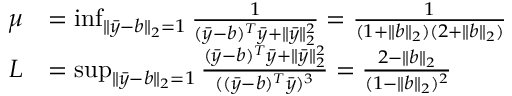
\begin{array} { r l } { \mu } & { = \operatorname* { i n f } _ { \| \bar { y } - b \| _ { 2 } = 1 } \frac { 1 } { ( \bar { y } - b ) ^ { T } \bar { y } + \| \bar { y } \| _ { 2 } ^ { 2 } } = \frac { 1 } { ( 1 + \| b \| _ { 2 } ) ( 2 + \| b \| _ { 2 } ) } } \\ { L } & { = \operatorname* { s u p } _ { \| \bar { y } - b \| _ { 2 } = 1 } \frac { ( \bar { y } - b ) ^ { T } \bar { y } + \| \bar { y } \| _ { 2 } ^ { 2 } } { ( ( \bar { y } - b ) ^ { T } \bar { y } ) ^ { 3 } } = \frac { 2 - \| b \| _ { 2 } } { ( 1 - \| b \| _ { 2 } ) ^ { 2 } } } \end{array}